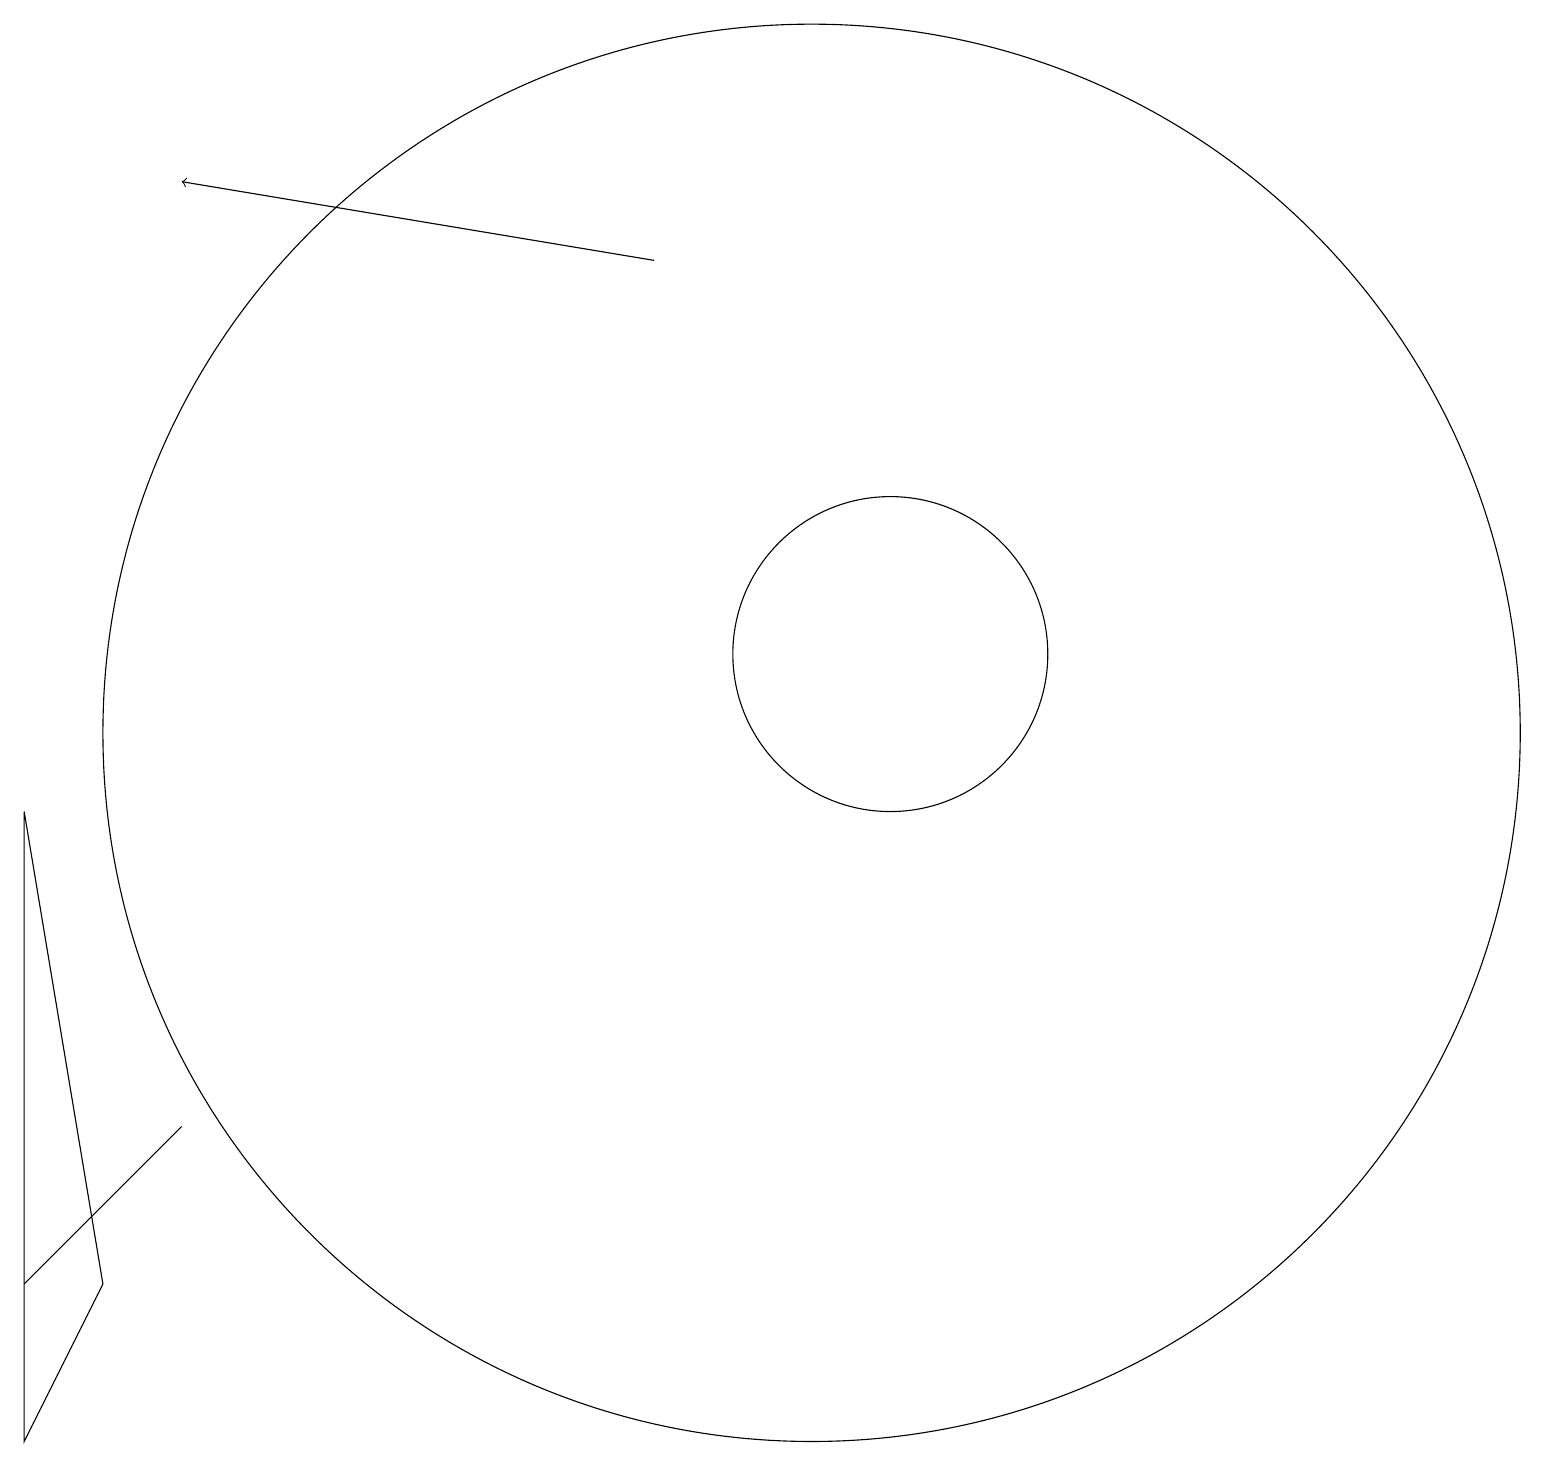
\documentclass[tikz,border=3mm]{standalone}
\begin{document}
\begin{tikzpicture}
\draw (1,3) -- (0,1) -- (0,9) -- cycle;
\draw (0,3) -- (2,5) -- (2,5) -- cycle;
\draw (10,10) circle (9);
\draw (11,11) circle (0);
\draw[->] (8,16) -- (2,17);
\draw (11,11) circle (2);
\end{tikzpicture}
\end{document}